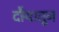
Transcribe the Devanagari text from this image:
दौर्‍यातून